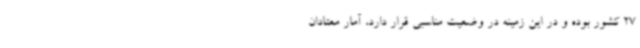
27 کشور بوده و در این زمینه در وضعیت مناسبی قرار دارد، آمار معتادان